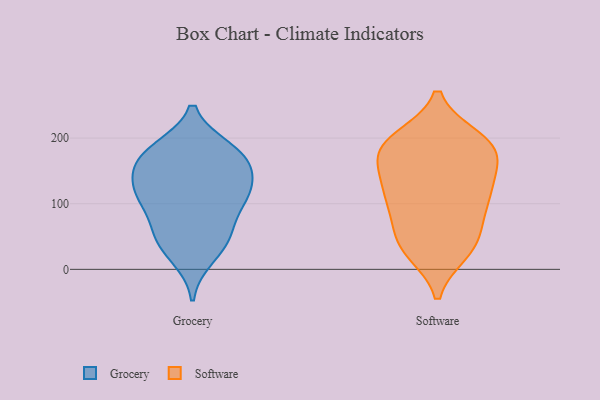
{"axis": {"x": "Active Users", "y": "Value"}, "legend": ["Grocery", "Software"], "data": [{"x": "", "y": 182, "type": "Grocery"}, {"x": "", "y": 172, "type": "Grocery"}, {"x": "", "y": 161, "type": "Grocery"}, {"x": "", "y": 164, "type": "Grocery"}, {"x": "", "y": 56, "type": "Grocery"}, {"x": "", "y": 178, "type": "Grocery"}, {"x": "", "y": 108, "type": "Grocery"}, {"x": "", "y": 109, "type": "Grocery"}, {"x": "", "y": 128, "type": "Grocery"}, {"x": "", "y": 20, "type": "Grocery"}, {"x": "", "y": 46, "type": "Grocery"}, {"x": "", "y": 52, "type": "Grocery"}, {"x": "", "y": 119, "type": "Grocery"}, {"x": "", "y": 112, "type": "Grocery"}, {"x": "", "y": 179, "type": "Software"}, {"x": "", "y": 190, "type": "Software"}, {"x": "", "y": 81, "type": "Software"}, {"x": "", "y": 153, "type": "Software"}, {"x": "", "y": 35, "type": "Software"}, {"x": "", "y": 36, "type": "Software"}, {"x": "", "y": 71, "type": "Software"}, {"x": "", "y": 199, "type": "Software"}, {"x": "", "y": 122, "type": "Software"}, {"x": "", "y": 27, "type": "Software"}, {"x": "", "y": 127, "type": "Software"}, {"x": "", "y": 118, "type": "Software"}, {"x": "", "y": 175, "type": "Software"}, {"x": "", "y": 118, "type": "Software"}, {"x": "", "y": 193, "type": "Software"}, {"x": "", "y": 196, "type": "Software"}, {"x": "", "y": 95, "type": "Software"}, {"x": "", "y": 172, "type": "Software"}, {"x": "", "y": 35, "type": "Software"}]}